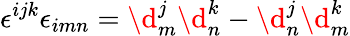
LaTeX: \epsilon^{ijk}\epsilon_{imn}=\d_{m}^{j}\d_{n}^{k}-\d_{n}^{j}\d_{m}^{k}